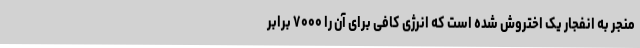
منجر به انفجار یک اختروش شده است که انرژی کافی برای آن را ۷۰۰۰ برابر